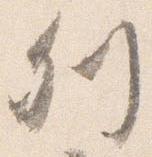
列